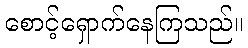
စောင့်ရှောက်နေကြသည်။